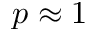
p \approx 1